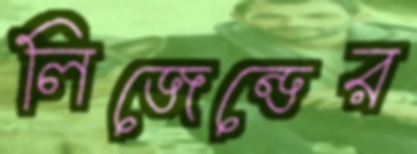
লিজেন্ডের